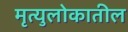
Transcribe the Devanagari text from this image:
मृत्युलोकातील